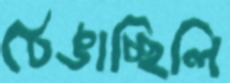
ঠেঙাচ্ছিলি